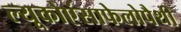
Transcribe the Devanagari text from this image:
ल्यूकोएंसाफेलोपैथी